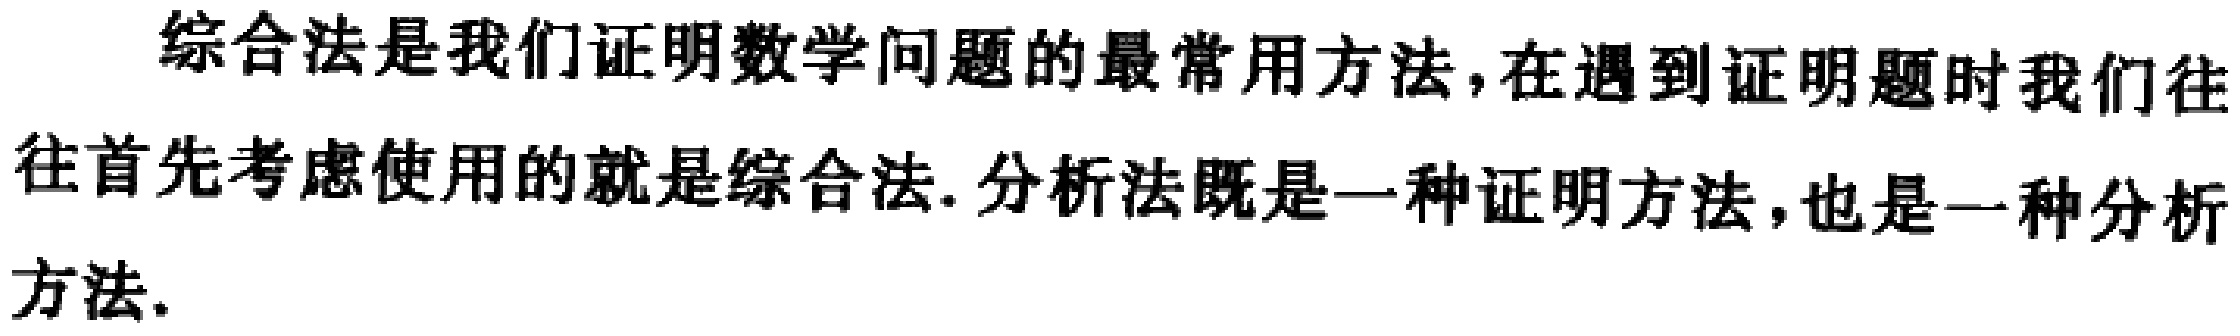
综合法是我们证明数学问题的最常用方法,在遇到证明题时我们往往首先考虑使用的就是综合法.分析法既是一种证明方法,也是一种分析方法.